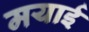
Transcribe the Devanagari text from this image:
मयाई